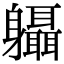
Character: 𨊞